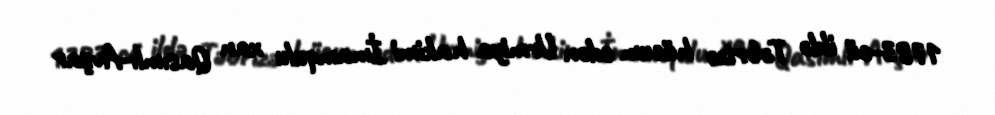
1783-cü ildə Təbrizə hücum edən Urmiya hakimi İmamqulu xan Qasımlı-Avşar